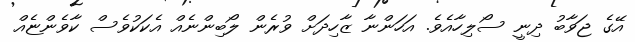
އޭގެ ޖަވާބު ދިނީ ސޯލިހާއެވެ. އަހަންނާ ޒާހިދަށް ވުރެން ލޯބިންނެއް އެކަކުވެސް ކާވެންޏެއް